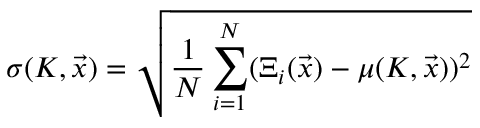
\sigma ( K , \vec { x } ) = \sqrt { \frac { 1 } { N } \sum _ { i = 1 } ^ { N } ( \Xi _ { i } ( \vec { x } ) - \mu ( K , \vec { x } ) ) ^ { 2 } }